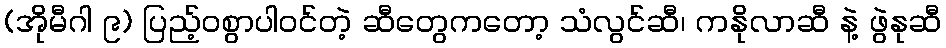
(အိုမီဂါ ၉) ပြည့်ဝစွာပါဝင်တဲ့ ဆီတွေကတော့ သံလွင်ဆီ၊ ကနိုလာဆီ နဲ့ ဖွဲနုဆီ